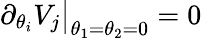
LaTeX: \partial_{\theta_{i}}V_{j}\big|_{\theta_{1}=\theta_{2}=0}=0